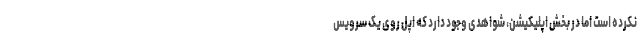
نکرده است اما در بخش اپلیکیشن، شواهدی وجود دارد که اپل روی یک سرویس